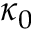
\kappa _ { 0 }